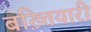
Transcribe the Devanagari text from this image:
बख़्तियारी